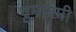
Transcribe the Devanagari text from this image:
द्रुमाश्मी